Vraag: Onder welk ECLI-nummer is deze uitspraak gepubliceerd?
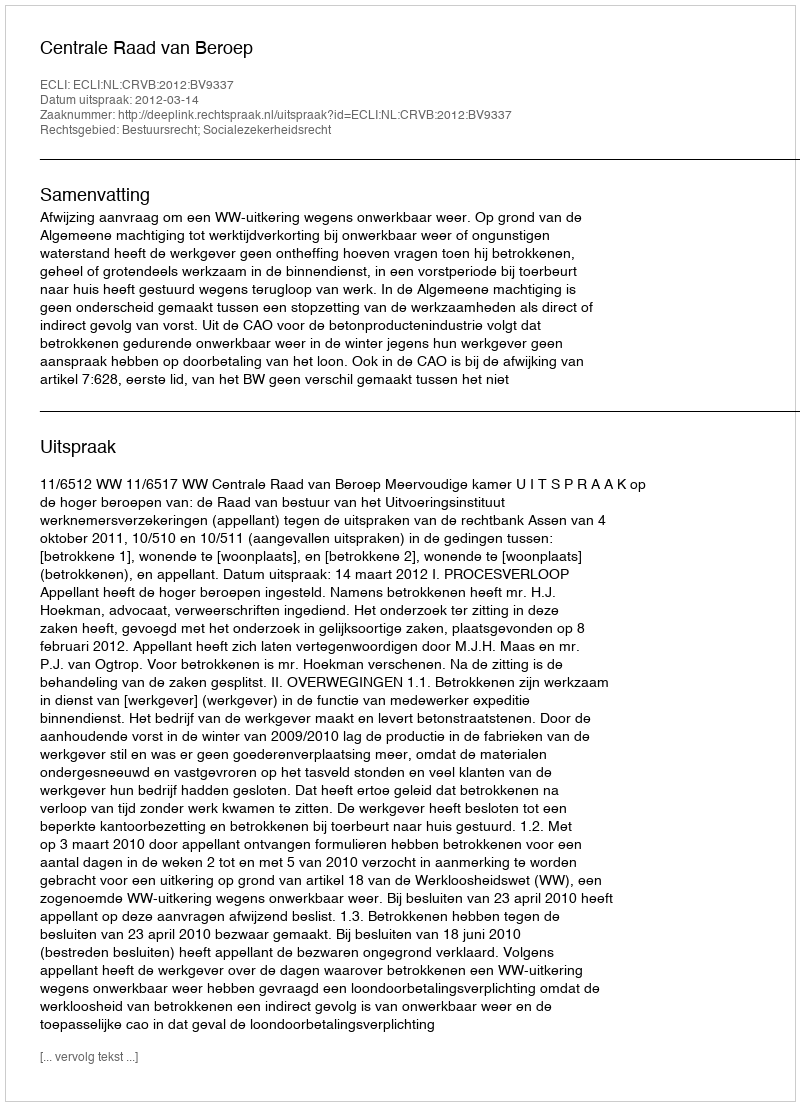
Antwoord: ECLI:NL:CRVB:2012:BV9337